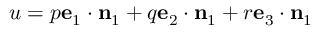
u = p \mathbf { e } _ { 1 } \cdot \mathbf { n } _ { 1 } + q \mathbf { e } _ { 2 } \cdot \mathbf { n } _ { 1 } + r \mathbf { e } _ { 3 } \cdot \mathbf { n } _ { 1 }